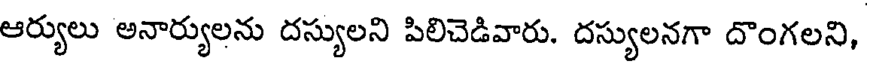
ఆర్యులు అనార్యులను దస్యులని పిలిచెడివారు. దస్యులనగా దొంగలని,